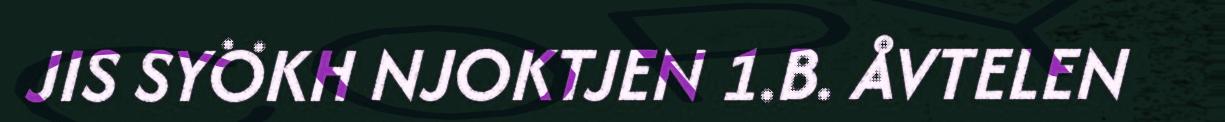
JIS SYÖKH NJOKTJEN 1.B. ÅVTELEN